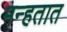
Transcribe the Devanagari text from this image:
मन्हतात